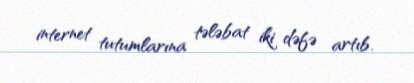
internet tutumlarına tələbat iki dəfə artıb.